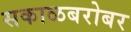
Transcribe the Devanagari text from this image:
सकाळबरोबर